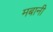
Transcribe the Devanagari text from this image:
मबानी